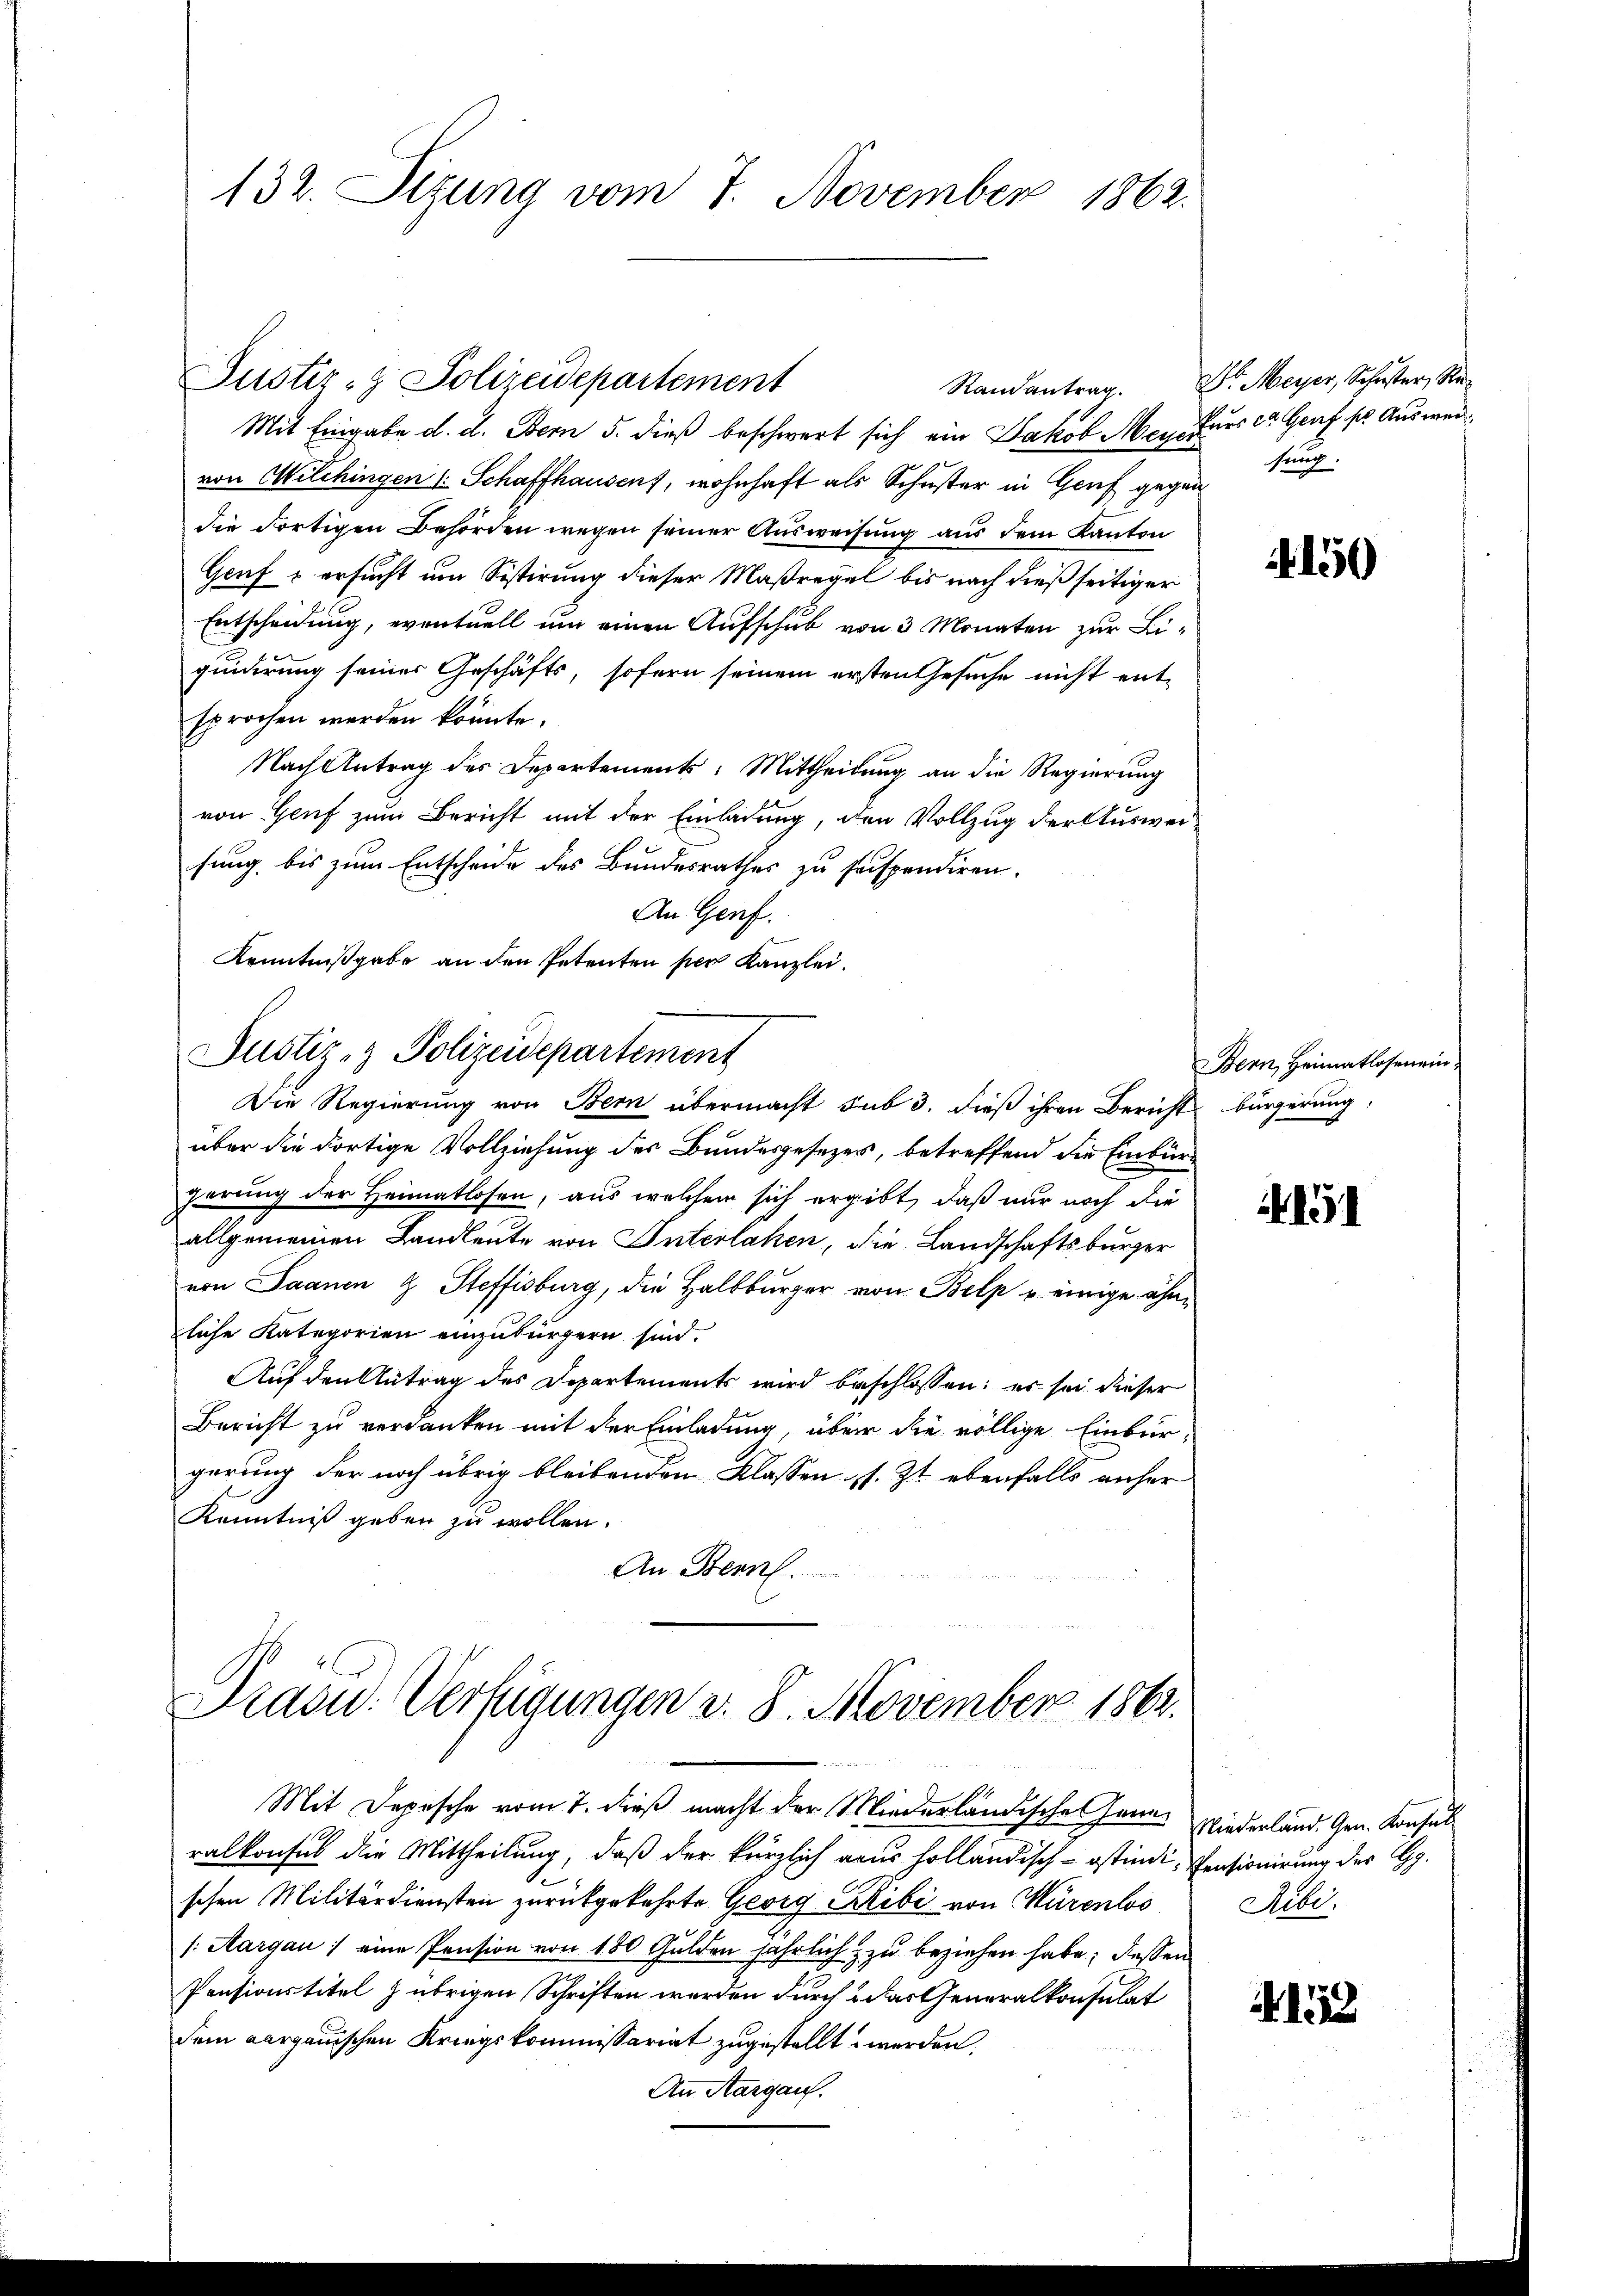
132. Sizung vom 7. November 1862.

Justiz- & Polizeidepartement
Mit Eingabe d. d. Bern 5. dieß beschwert sich ein Jakob Mey Furs ca. Graf, ser Ausweivon Wilchingen 1 Schaffhausen, wohnhaft als Schuster in Genf gegen
die Fortigen Behörden wegen seiner Ausweisung aus dem Kanton
Geuf & ersucht um Sistirung dieser Maßregel bis nach dießseitiger
Entscheidung, eventuell um einen Aufschub von 3 Monaten zur Liquiderung seiner Geschäfts, sofern seinem ersten Gesuche nicht ent-
sprochen werden könnte.
Nach Antrag des Departements: Mittheilung an die Regierung
von Genf zum Bericht mit der Einladung, den Vollzug der Ausweisung bis zum Entscheide des Bundesrathes zu suspendiren.
An Genf.
Kenntnißgabe an den Petenten per Kanzlei.
Justiz- & Polizeidepartement
Die Regierung von Bern übermacht sub 3. dieß ihren Bericht bürgerung,
über die dortige Vollziehung des Bundesgesezes, betreffend die Einbürgerung der Heimatlosen, aus welchem sich ergibt, daß nur noch die
allgemeinen Landleute von Unterlaken, die Landschaftsburger
von Saanen & Steffisburg, die Halbbürger von Belp u. einige ähnliche Kategorien einzubürgern sind.
Auf den Antrag des Departements wird beschlossen; er sei dieser
Bericht zu verdanken mit der Einladung, über die völlige Einbür-
gerung der noch übrig bleibenden Klassen s. Zt. ebenfalls anher
Kenntniß geben zu wollen.
An Brennl.

Präsid.: Verfügungen v. 8. November 1862.
Mit Depesche vom 7. dieß macht der Wiederländisches Herrn Niederland. Gen. Konsul

ralkonsul die Mittheilung, daß der kürzlich aus holländisch-ostindi-Pensionirung der Gg
schen Militärdiensten zurückgekehrte Georg Ribi von Nürenlos
/: Aargau eine Pension von 180 Gulden jährlich & zu beziehen habe; dessen
Pensionstitel z übrigen Schriften werden durch das Generalkonsulat
dem Aargauischen Kriegskommissariat zugestellt werden,
An Aargau.

Randantrag. Dr. Meyer, Schuster, Resung.

150

Bern, Heimatlosen ein-

151

Ribi.

123